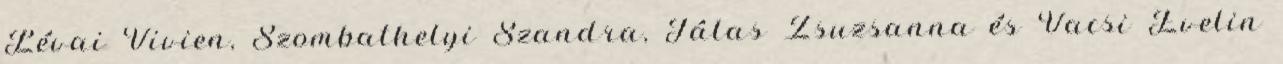
Lévai Vivien, Szombathelyi Szandra, Tálas Zsuzsanna és Vacsi Evelin